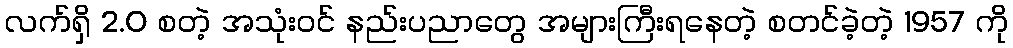
လက်ရှိ 2.0 စတဲ့ အသုံးဝင် နည်းပညာတွေ အများကြီးရနေတဲ့ စတင်ခဲ့တဲ့ 1957 ကို